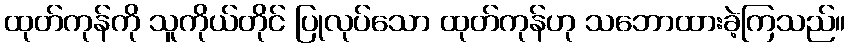
ထုတ်ကုန်ကို သူကိုယ်တိုင် ပြုလုပ်သော ထုတ်ကုန်ဟု သဘောထားခဲ့ကြသည်။